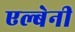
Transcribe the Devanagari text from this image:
एल्बेनी